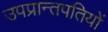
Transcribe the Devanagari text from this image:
उपप्रान्तपतियों